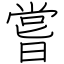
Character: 嘗